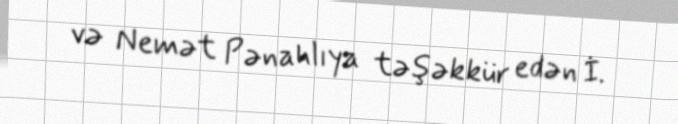
və Nemət Pənahlıya təşəkkür edən İ.